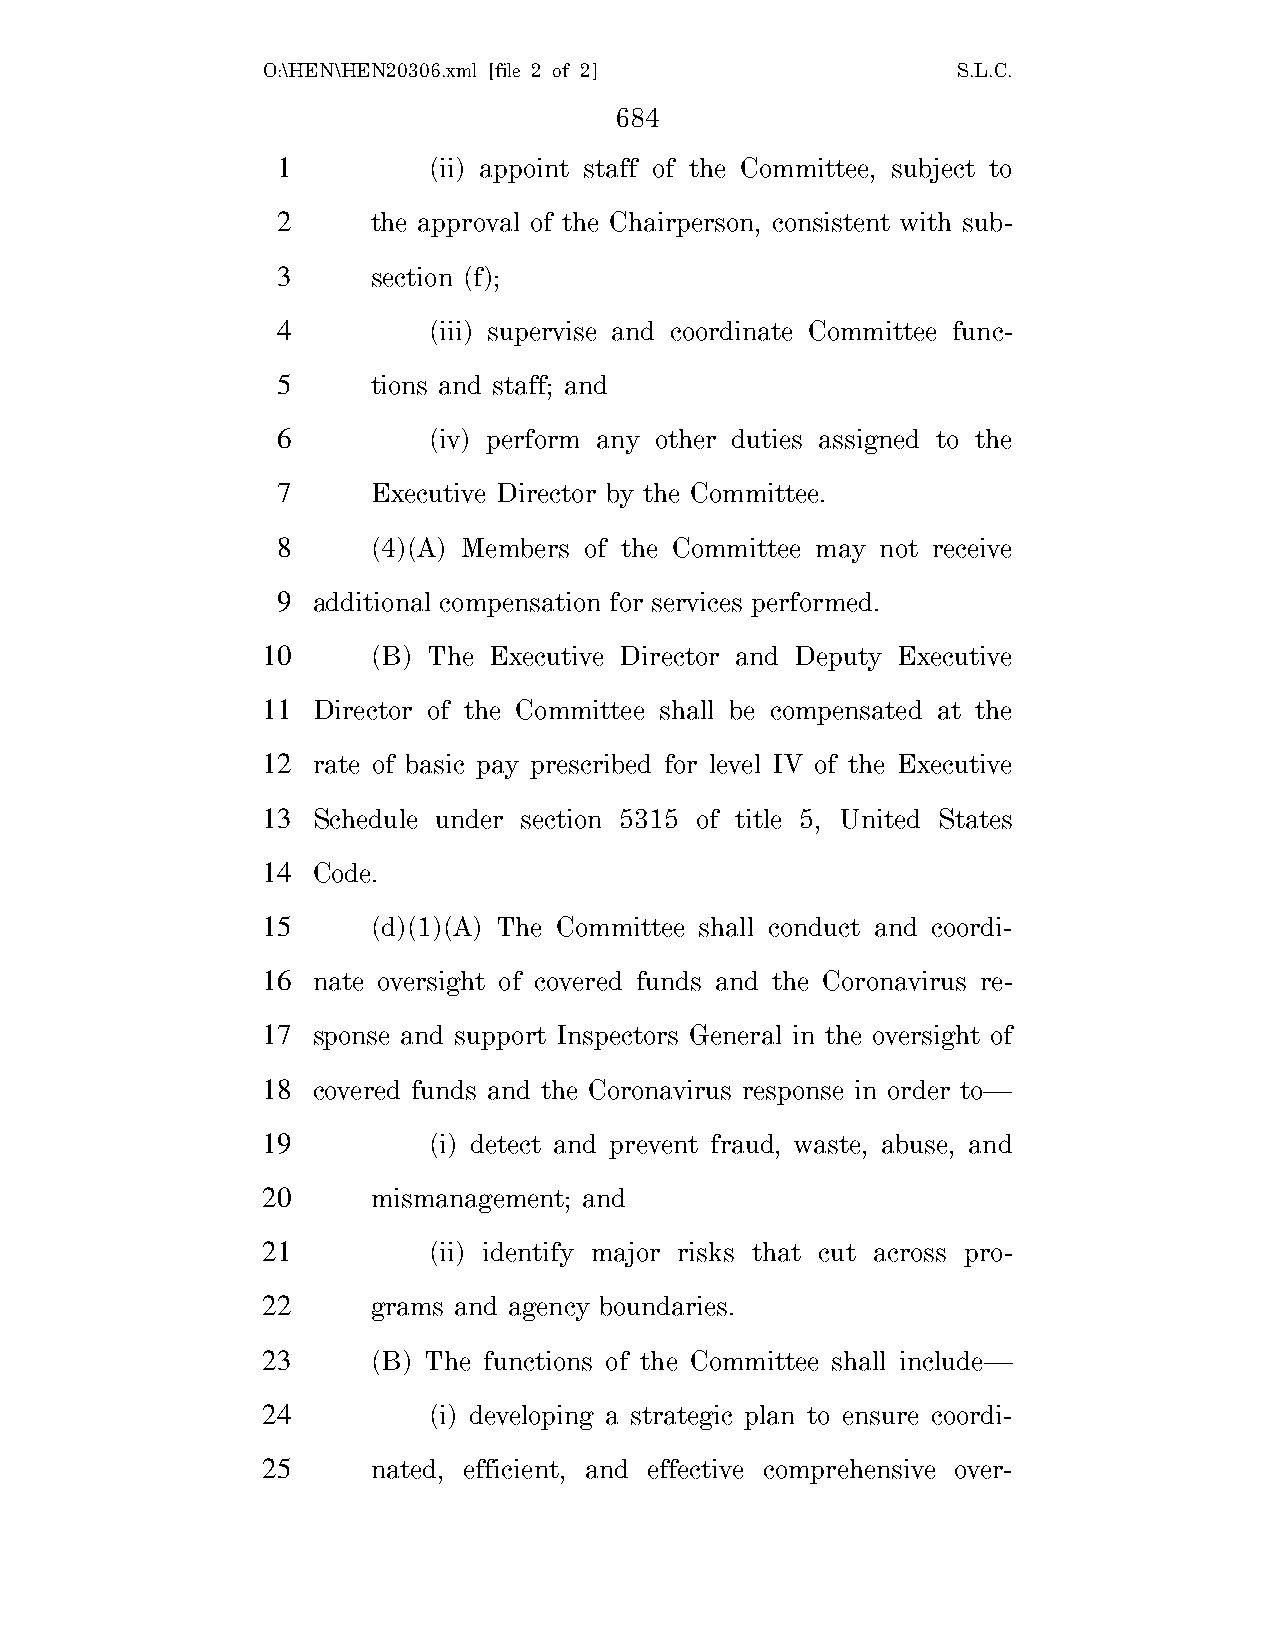
O:\HEN\HEN20306.xml [file 2 of 2]             S.L.C.
 684
 1         (ii) appoint staff of the Committee, subject to
 2      the approval of the Chairperson, consistent with sub-
 3      section (f);
 4         (iii) supervise and coordinate Committee func-
 5      tions and staff; and
 6         (iv) perform any other duties assigned to the
 7      Executive Director by the Committee.
 8      (4)(A) Members of the Committee may not receive
 9  additional compensation for services performed.
 10      (B) The Executive Director and Deputy Executive
 11  Director of the Committee shall be compensated at the
 12  rate of basic pay prescribed for level IV of the Executive
 13  Schedule under section 5315 of title 5, United States
 14  Code.
 15      (d)(1)(A) The Committee shall conduct and coordi-
 16  nate oversight of covered funds and the Coronavirus re-
 17  sponse and support Inspectors General in the oversight of
 18  covered funds and the Coronavirus response in order to—
 19         (i) detect and prevent fraud, waste, abuse, and
 20      mismanagement; and
 21         (ii) identify major risks that cut across pro-
 22      grams and agency boundaries.
 23      (B) The functions of the Committee shall include—
 24         (i) developing a strategic plan to ensure coordi-
 25      nated, efficient, and effective comprehensive over-